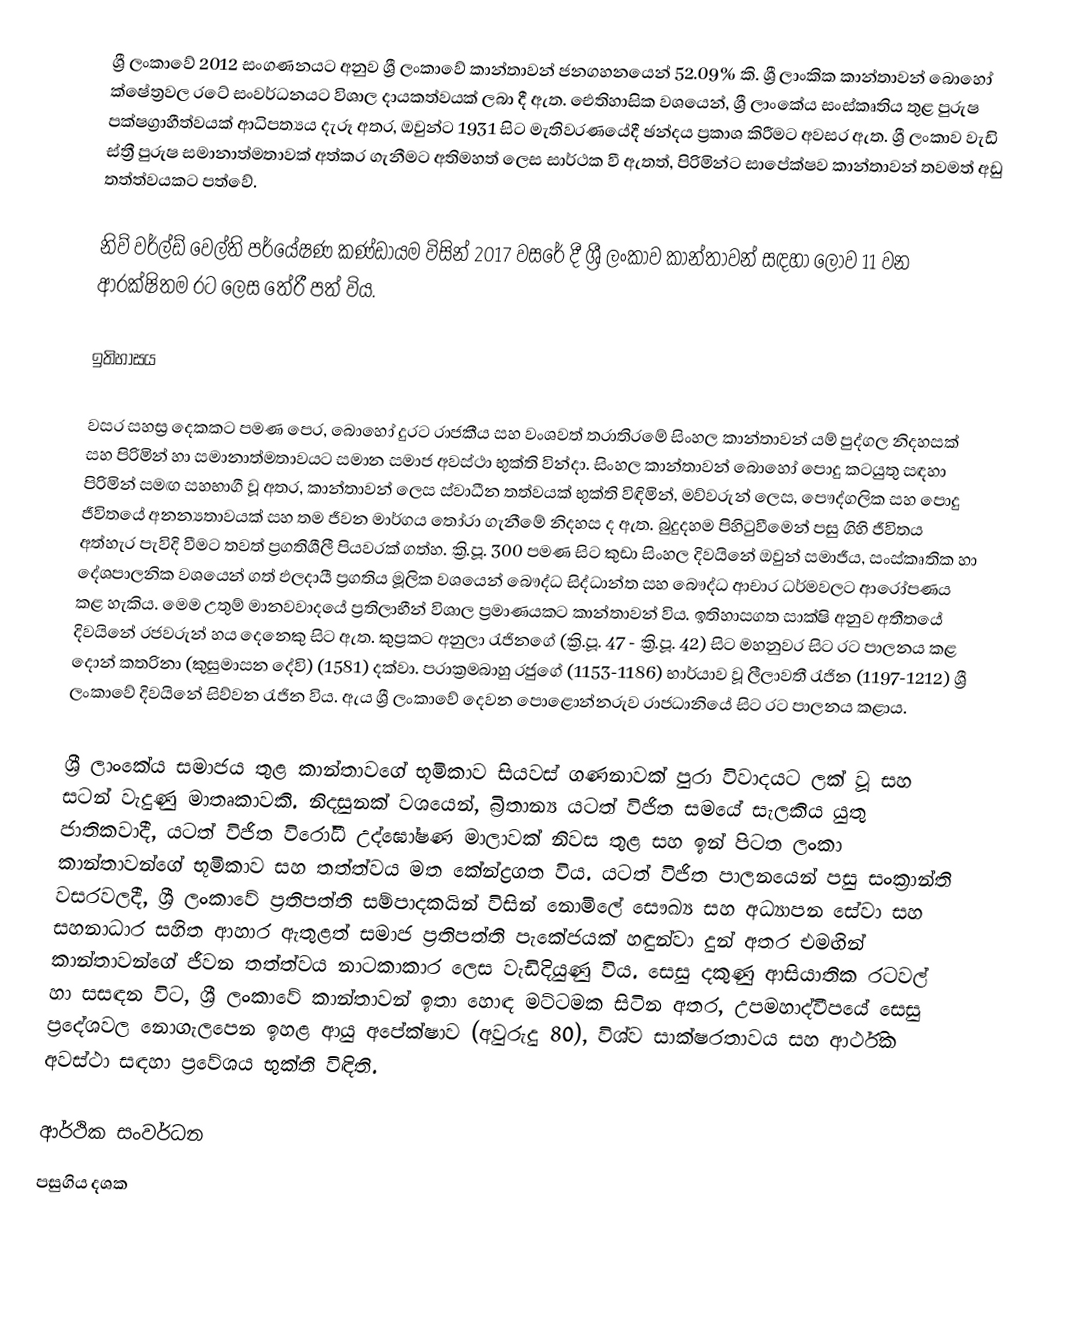
ශ්‍රී ලංකාවේ 2012 සංගණනයට අනුව ශ්‍රී ලංකාවේ කාන්තාවන් ජනගහනයෙන් 52.09% කි. ශ්‍රී ලාංකික කාන්තාවන් බොහෝ ක්ෂේත්‍රවල රටේ සංවර්ධනයට විශාල දායකත්වයක් ලබා දී ඇත. ඓතිහාසික වශයෙන්, ශ්‍රී ලාංකේය සංස්කෘතිය තුළ පුරුෂ පක්ෂග්‍රාහීත්වයක් ආධිපත්‍යය දැරූ අතර, ඔවුන්ට 1931 සිට මැතිවරණයේදී ඡන්දය ප්‍රකාශ කිරීමට අවසර ඇත. ශ්‍රී ලංකාව වැඩි ස්ත්‍රී පුරුෂ සමානාත්මතාවක් අත්කර ගැනීමට අතිමහත් ලෙස සාර්ථක වී ඇතත්, පිරිමින්ට සාපේක්ෂව කාන්තාවන් තවමත් අඩු තත්ත්වයකට පත්වේ.

නිව් වර්ල්ඩ් වෙල්ති පර්යේෂණ කණ්ඩායම විසින් 2017 වසරේ දී ශ්‍රී ලංකාව කාන්තාවන් සඳහා ලොව 11 වන ආරක්ෂිතම රට ලෙස තේරී පත් විය.

ඉතිහාසය

වසර සහස්‍ර දෙකකට පමණ පෙර, බොහෝ දුරට රාජකීය සහ වංශවත් තරාතිරමේ සිංහල කාන්තාවන් යම් පුද්ගල නිදහසක් සහ පිරිමින් හා සමානාත්මතාවයට සමාන සමාජ අවස්ථා භුක්ති වින්දා. සිංහල කාන්තාවන් බොහෝ පොදු කටයුතු සඳහා පිරිමින් සමඟ සහභාගී වූ අතර, කාන්තාවන් ලෙස ස්වාධීන තත්වයක් භුක්ති විඳිමින්, මව්වරුන් ලෙස, පෞද්ගලික සහ පොදු ජීවිතයේ අනන්‍යතාවයක් සහ තම ජීවන මාර්ගය තෝරා ගැනීමේ නිදහස ද ඇත. බුදුදහම පිහිටුවීමෙන් පසු ගිහි ජීවිතය අත්හැර පැවිදි වීමට තවත් ප්‍රගතිශීලී පියවරක් ගත්හ. ක්‍රි.පූ. 300 පමණ සිට කුඩා සිංහල දිවයිනේ ඔවුන් සමාජීය, සංස්කෘතික හා දේශපාලනික වශයෙන් ගත් ඵලදායී ප්‍රගතිය මූලික වශයෙන් බෞද්ධ සිද්ධාන්ත සහ බෞද්ධ ආචාර ධර්මවලට ආරෝපණය කළ හැකිය. මෙම උතුම් මානවවාදයේ ප්‍රතිලාභීන් විශාල ප්‍රමාණයකට කාන්තාවන් විය. ඉතිහාසගත සාක්ෂි අනුව අතීතයේ දිවයිනේ රජවරුන් හය දෙනෙකු සිට ඇත. කුප්‍රකට අනුලා රැජිනගේ (ක්‍රි.පූ. 47 - ක්‍රි.පූ. 42) සිට මහනුවර සිට රට පාලනය කළ දොන් කතරිනා (කුසුමාසන දේවි) (1581) දක්වා. පරාක්‍රමබාහු රජුගේ (1153-1186) භාර්යාව වූ ලීලාවතී රැජින (1197-1212) ශ්‍රී ලංකාවේ දිවයිනේ සිව්වන රැජින විය. ඇය ශ්‍රී ලංකාවේ දෙවන පොළොන්නරුව රාජධානියේ සිට රට පාලනය කළාය.

ශ්‍රී ලාංකේය සමාජය තුළ කාන්තාවගේ භූමිකාව සියවස් ගණනාවක් පුරා විවාදයට ලක් වූ සහ සටන් වැදුණු මාතෘකාවකි. නිදසුනක් වශයෙන්, බ්‍රිතාන්‍ය යටත් විජිත සමයේ සැලකිය යුතු ජාතිකවාදී, යටත් විජිත විරෝධී උද්ඝෝෂණ මාලාවක් නිවස තුළ සහ ඉන් පිටත ලංකා කාන්තාවන්ගේ භූමිකාව සහ තත්ත්වය මත කේන්ද්‍රගත විය. යටත් විජිත පාලනයෙන් පසු සංක්‍රාන්ති වසරවලදී, ශ්‍රී ලංකාවේ ප්‍රතිපත්ති සම්පාදකයින් විසින් නොමිලේ සෞඛ්‍ය සහ අධ්‍යාපන සේවා සහ සහනාධාර සහිත ආහාර ඇතුළත් සමාජ ප්‍රතිපත්ති පැකේජයක් හඳුන්වා දුන් අතර එමඟින් කාන්තාවන්ගේ ජීවන තත්ත්වය නාටකාකාර ලෙස වැඩිදියුණු විය. සෙසු දකුණු ආසියාතික රටවල් හා සසඳන විට, ශ්‍රී ලංකාවේ කාන්තාවන් ඉතා හොඳ මට්ටමක සිටින අතර, උපමහාද්වීපයේ සෙසු ප්‍රදේශවල නොගැලපෙන ඉහළ ආයු අපේක්ෂාව (අවුරුදු 80), විශ්ව සාක්ෂරතාවය සහ ආර්ථික අවස්ථා සඳහා ප්‍රවේශය භුක්ති විඳිති.

ආර්ථික සංවර්ධන
පසුගිය දශක